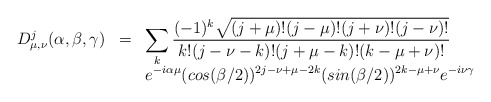
\begin{align*}\begin{array}{rcl}D^{j}_{\mu,\nu}(\alpha,\beta,\gamma)&=&\displaystyle\sum_k\frac{(-1)^k\sqrt{(j+\mu)!(j-\mu)!(j+\nu)!(j-\nu)!}}{k!(j-\nu-k)!(j+\mu-k)!(k-\mu+\nu)!} \\& &\displaystyle e^{-i\alpha\mu}(cos(\beta/2))^{2j-\nu+\mu-2k}(sin(\beta/2))^{2k-\mu+\nu}e^{-i\nu\gamma}\end{array}\end{align*}